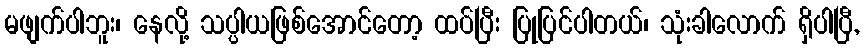
မဖျက်ပါဘူး၊ နေလို့ သပ္ပါယဖြစ်အောင်တော့ ထပ်ပြီး ပြုပြင်ပါတယ်၊ သုံးခါလောက် ရှိပါပြီ,